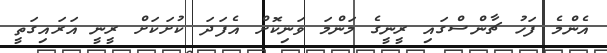
އެންމެ ފަހު ޗާންސްގައި ރީނީގެ މަންމަ ވަނިކޮށް އެފަދަ ކުށަކަށް ރީނީ އަރައިގަތީ